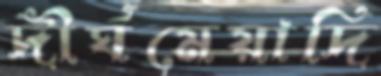
দীর্ঘমেয়াদি